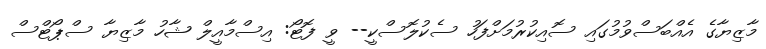
މާޒިޔާގެ އެއްބަސްވުމުގައި ސޮއިކުރުމަށްފަހު ސެކުލޮސްކީ-- ވީ ފޮޓޯ: އިސްމާއީލް ޝާހު މާޒިޔާ ސްޕޯޓްސް